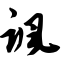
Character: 讽